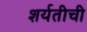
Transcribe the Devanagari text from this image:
शर्यतीची